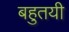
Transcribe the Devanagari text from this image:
बहुतयी